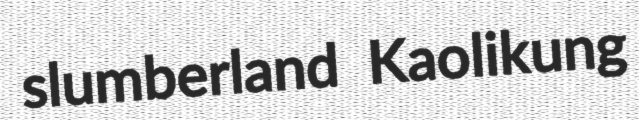
slumberland Kaolikung